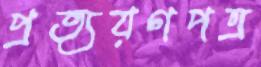
প্রত্যয়ণপত্র